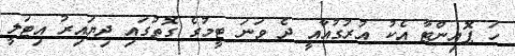
ހަ ޕޮއިންޓާ އެކު އުރުގުއާއީ ދެ ވަނަ ޓީމުގެ ގޮތުގައި ދިޔައިރު އިޓަލީ